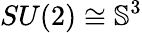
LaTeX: SU(2)\cong\mathbb{S}^{3}